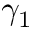
\gamma _ { 1 }